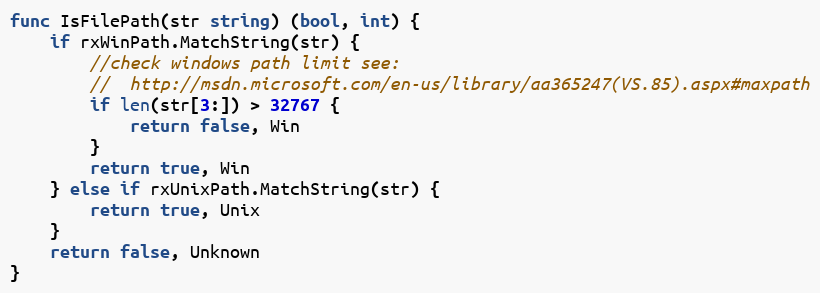
Language: Go
func IsFilePath(str string) (bool, int) {
	if rxWinPath.MatchString(str) {
		//check windows path limit see:
		//  http://msdn.microsoft.com/en-us/library/aa365247(VS.85).aspx#maxpath
		if len(str[3:]) > 32767 {
			return false, Win
		}
		return true, Win
	} else if rxUnixPath.MatchString(str) {
		return true, Unix
	}
	return false, Unknown
}